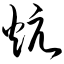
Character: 炕